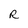
Character: R